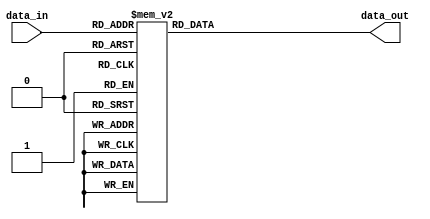
module Q_DECODE_38(data_in,data_out);
	input[2:0] data_in;
	output[7:0] data_out;
	reg[7:0] data_out;
	
	always@(data_in) begin
		case(data_in)
		3'b000: data_out = 8'b0000_0001;
		3'b001: data_out = 8'b0000_0010;
		3'b010: data_out = 8'b0000_0100;
		3'b011: data_out = 8'b0000_1000;
		3'b100: data_out = 8'b0001_0000;
		3'b101: data_out = 8'b0010_0000;
		3'b110: data_out = 8'b0100_0000;
		3'b111: data_out = 8'b1000_0000;
		endcase
	end
	
endmodule